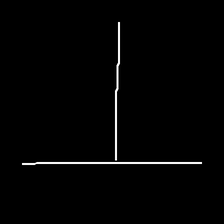
Glyph: column